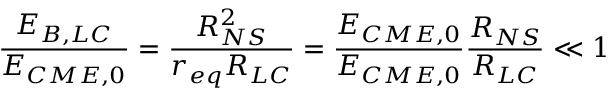
\frac { E _ { B , L C } } { E _ { C M E , 0 } } = \frac { R _ { N S } ^ { 2 } } { r _ { e q } R _ { L C } } = \frac { E _ { C M E , 0 } } { E _ { C M E , 0 } } \frac { R _ { N S } } { R _ { L C } } \ll 1